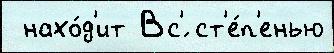
 нахо́д'ит Вс'́ ст'е́п'енью